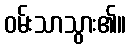
ဝမ်းသာသွား၏။